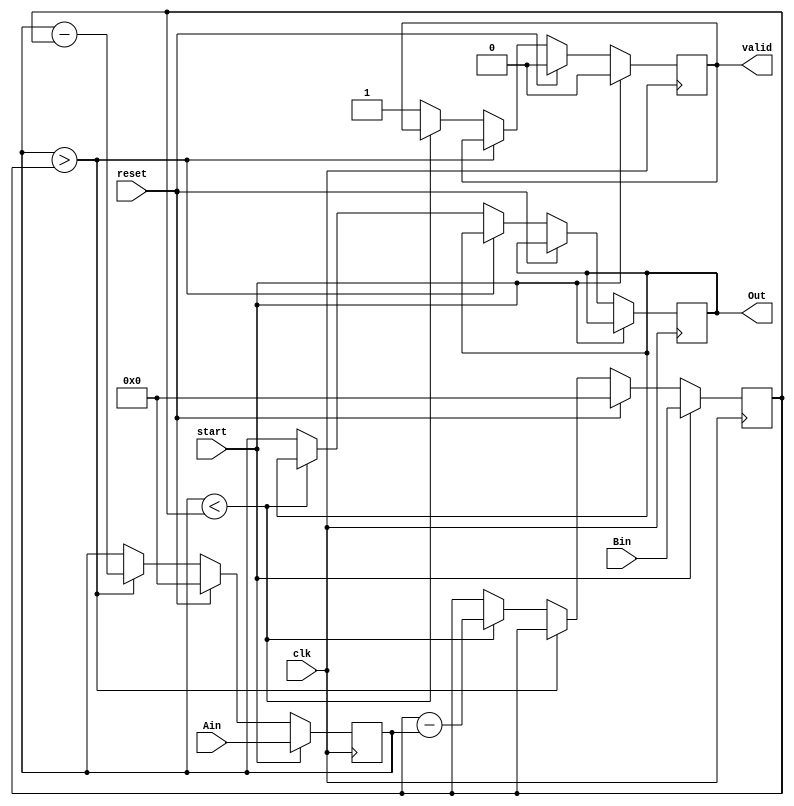
module gcd_fast_m (clk,reset,start,Ain,Bin,Out,valid);
    input clk,reset,start;
    input [5:0] Ain,Bin;
    output reg [5:0] Out;
    output reg valid;

    reg [5:0] A,B;

    always @ (posedge clk)
        begin
            if (start)
                begin
                    A <= Ain; B <= Bin; valid <= 0;
                end
            else if (reset)
                begin
                    A <= 6'b000000; B <= 6'b000000; valid <= 0;
                end
            else if (A > B)
                begin
                    A <= A - B;
                end
            else if (A < B)
                begin
                    B <= B - A;
                end
            else
                begin
                    Out <= A;
                    valid <= 1;
                end
        end
endmodule

module gcd_slow_m (clk,reset,start,Ain,Bin,Out,valid);
    input clk,reset,start;
    input [5:0] Ain,Bin;
    output reg [5:0] Out;
    output reg valid;

    reg [5:0] A,B;

    always @ (posedge clk)
        begin
            if (start)
                begin
                    A <= Ain; B <= Bin; valid <= 0;
                end
            else if (reset)
                begin
                    A <= 6'b000000; B <= 6'b000000; valid <= 0;
                end
            else if (A > B)
                begin
                    A <= A - B;
                end
            else if (A < B)
                begin
                    A <= B;
                    B <= A;
                end
            else
                begin
                    Out <= A;
                    valid <= 1;
                end
        end
endmodule

module gcd_dest_m (clk,reset,start,Ain,Bin,nequiv);
	input clk;
	wire clk_1;
	wire clk_2;
	input reset;
	input start;
	input [5:0] Ain;
	input [5:0] Bin;
	wire [5:0] Out_1;
	wire [5:0] Out_2;
	wire valid_1;
	wire valid_2;
	wire clk_en_1;
	wire clk_en_2;
	output nequiv;

	assign clk_en_1 = ~(valid_1 & ~ valid_2);

	assign clk_en_2 = ~(valid_2 & ~ valid_1);

	assign clk_1 = clk & clk_en_1;

	assign clk_2 = clk & clk_en_2;

	assign nequiv = ~(~valid_1 | ~valid_2 | Out_1 == Out_2);

	gcd_fast_m fast_m (
		.clk(clk_1),
		.reset(reset),
		.start(start),
		.Ain(Ain),
		.Bin(Bin),
		.Out(Out_1),
		.valid(valid_1)
	);

	gcd_slow_m slow_m (
		.clk(clk_2),
		.reset(reset),
		.start(start),
		.Ain(Ain),
		.Bin(Bin),
		.Out(Out_2),
		.valid(valid_2)
	);

endmodule